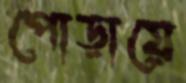
পোড়ায়ে